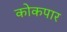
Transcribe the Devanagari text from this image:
कोकपार